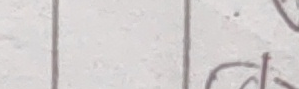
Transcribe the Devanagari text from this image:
ल